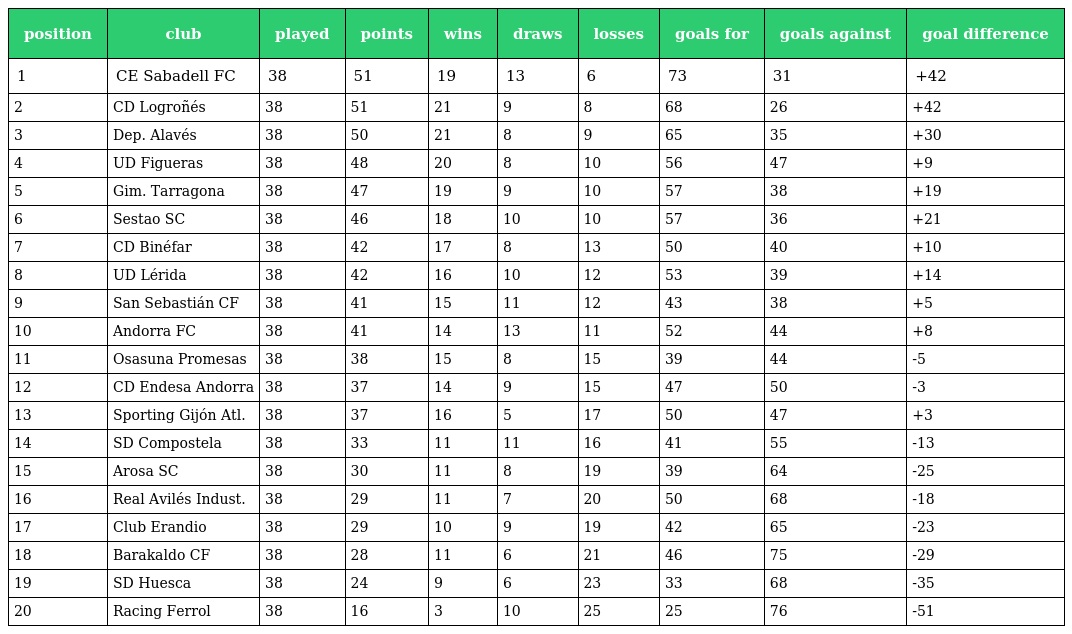
| position | club | played | points | wins | draws | losses | goals for | goals against | goal difference |
 | --- | --- | --- | --- | --- | --- | --- | --- | --- | --- |
 | 1 | CE Sabadell FC | 38 | 51 | 19 | 13 | 6 | 73 | 31 | +42 |
 | 2 | CD Logroñés | 38 | 51 | 21 | 9 | 8 | 68 | 26 | +42 |
 | 3 | Dep. Alavés | 38 | 50 | 21 | 8 | 9 | 65 | 35 | +30 |
 | 4 | UD Figueras | 38 | 48 | 20 | 8 | 10 | 56 | 47 | +9 |
 | 5 | Gim. Tarragona | 38 | 47 | 19 | 9 | 10 | 57 | 38 | +19 |
 | 6 | Sestao SC | 38 | 46 | 18 | 10 | 10 | 57 | 36 | +21 |
 | 7 | CD Binéfar | 38 | 42 | 17 | 8 | 13 | 50 | 40 | +10 |
 | 8 | UD Lérida | 38 | 42 | 16 | 10 | 12 | 53 | 39 | +14 |
 | 9 | San Sebastián CF | 38 | 41 | 15 | 11 | 12 | 43 | 38 | +5 |
 | 10 | Andorra FC | 38 | 41 | 14 | 13 | 11 | 52 | 44 | +8 |
 | 11 | Osasuna Promesas | 38 | 38 | 15 | 8 | 15 | 39 | 44 | -5 |
 | 12 | CD Endesa Andorra | 38 | 37 | 14 | 9 | 15 | 47 | 50 | -3 |
 | 13 | Sporting Gijón Atl. | 38 | 37 | 16 | 5 | 17 | 50 | 47 | +3 |
 | 14 | SD Compostela | 38 | 33 | 11 | 11 | 16 | 41 | 55 | -13 |
 | 15 | Arosa SC | 38 | 30 | 11 | 8 | 19 | 39 | 64 | -25 |
 | 16 | Real Avilés Indust. | 38 | 29 | 11 | 7 | 20 | 50 | 68 | -18 |
 | 17 | Club Erandio | 38 | 29 | 10 | 9 | 19 | 42 | 65 | -23 |
 | 18 | Barakaldo CF | 38 | 28 | 11 | 6 | 21 | 46 | 75 | -29 |
 | 19 | SD Huesca | 38 | 24 | 9 | 6 | 23 | 33 | 68 | -35 |
 | 20 | Racing Ferrol | 38 | 16 | 3 | 10 | 25 | 25 | 76 | -51 |